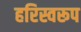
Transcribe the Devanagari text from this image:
हरिस्वरूप